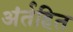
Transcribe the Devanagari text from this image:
अंर्तहित